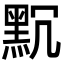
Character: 𪐨